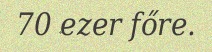
70 ezer főre.